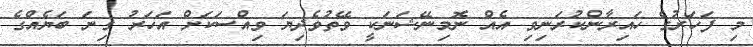
މި ފަހަރުގެ ހައިރާންކުރަނިވި އެއް ނޮމިނޭޝަނަކީ ވޭތުވެދިޔަ ވިއްސަކަށް އަހަރު ގިނަ ބަޔެއްގެ